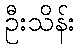
ဦးသိန်း